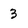
Character: 3